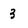
Character: 3